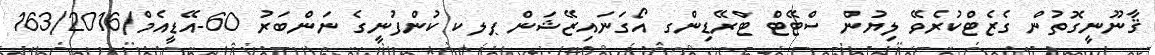
ޤާނޫނީގޮތުން ގެޒެޓްކުރެވޭ ލިޔުން ސްޓޭޓް ޓްރޭޑިންގ އޯގަނައިޒޭޝަން ޕލކ ކުންފުނީގެ ނަންބަރު 60-އޭޑީއެމް/163/2016